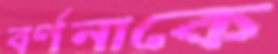
বর্ণনাকে